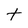
Character: t